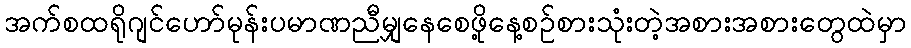
အက်စထရိုဂျင်ဟော်မုန်းပမာဏညီမျှနေစေဖို့နေ့စဉ်စားသုံးတဲ့အစားအစားတွေထဲမှာ